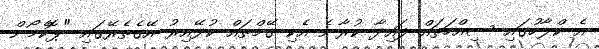
އެ ކްލާހުގައި ސިއްހަތައް ފައިދާ ކުރާނެ އެކި ގޭމްތައް ކުޅޭއިރު އޭގެތެރޭގައި "ޕޮކެމޯން